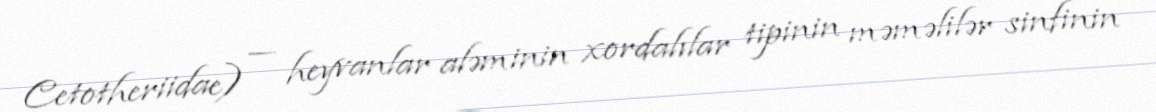
Cetotheriidae) — heyvanlar aləminin xordalılar tipinin məməlilər sinfinin